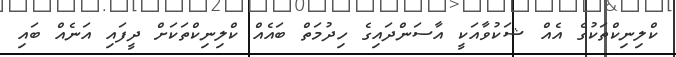
ކްލިނިކްތަކުގެ އެއް ޝަކުވާއަކީ އާސަންދައިގެ ހިދުމަތް ބައެއް ކްލިނިކްތަކަށް ދީފައި އަނެއް ބައި